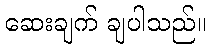
ဆေးချက် ချပါသည်။